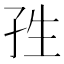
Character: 𭒿